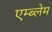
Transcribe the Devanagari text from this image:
एम्ब्लेम